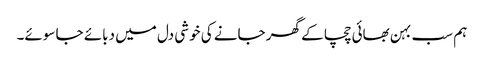
ہم سب بہن بھائی چچا کے گھر جانے کی خوشی دل میں دبائے جا سوئے۔